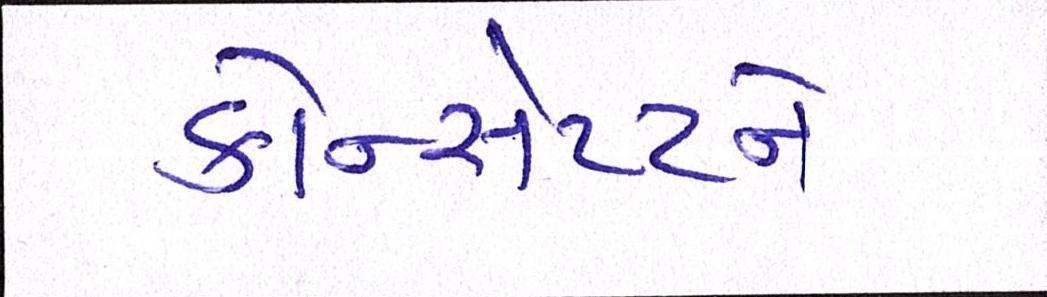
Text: કોન્સેપ્ટને